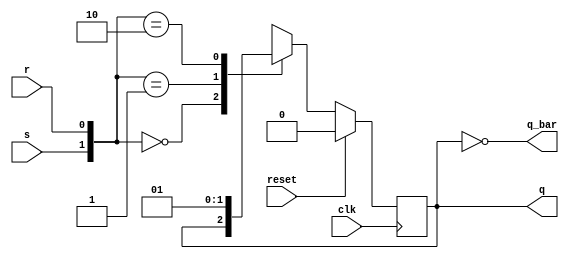
`timescale 1ns / 1ps
//////////////////////////////////////////////////////////////////////////////////
// Company: 
// Engineer: 
// 
// Design Name: 
// Module Name: sr_ff
// Project Name: 
// Target Devices: 
// Tool Versions: 
// Description: 
// 
// Dependencies: 
// 
// Revision:
// Revision 0.01 - File Created
// Additional Comments:
// 
//////////////////////////////////////////////////////////////////////////////////


module sr_ff(
    input s,
    input r,
    input clk,
    input reset,
    output reg q,
    output q_bar
    );
    always@(posedge clk)
    begin
    if(reset==1)
    q<='b0;
    else
    begin
        case({s,r})
        2'b00:q<=q;
        2'b01:q<='b0;
        2'b10:q<='b1;
        2'b11:q<='bx;
        endcase
    end
    end
   assign q_bar =~q;
endmodule